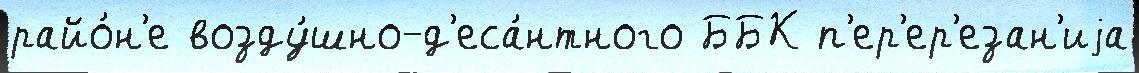
райо́н'е возду́шно-д'еса́нтного ББК п'ер'ер'езан'иjа